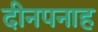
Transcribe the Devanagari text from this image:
दीनपनाह